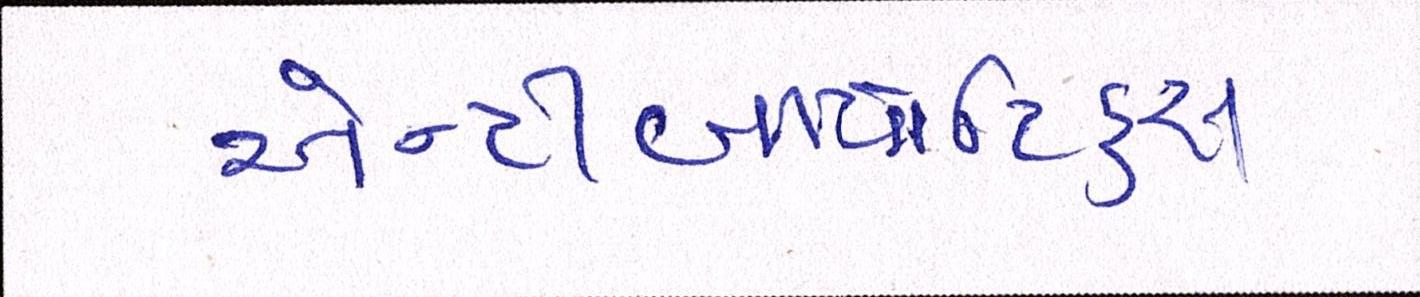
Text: એન્ટીબાયોટિકસ